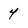
Character: 4